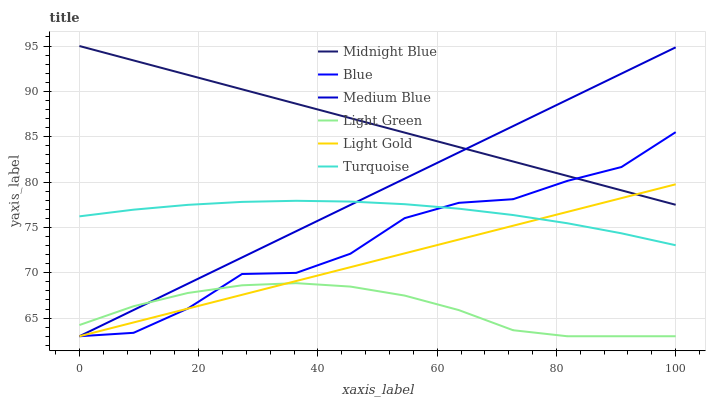
| xaxis_label | Midnight Blue | Blue | Medium Blue | Light Green | Light Gold | Turquoise |
 | --- | --- | --- | --- | --- | --- | --- |
 | 0 | 95 | 63 | 63 | 64.2 | 63 | 76.2 |
 | 9.09 | 93.4 | 63.4 | 65.9 | 66.3 | 64.5 | 77 |
 | 18.2 | 91.8 | 66.1 | 68.8 | 67.8 | 66 | 77.5 |
 | 27.3 | 90.2 | 69.9 | 71.7 | 68.6 | 67.6 | 77.8 |
 | 36.4 | 88.6 | 70 | 74.6 | 68.9 | 69.1 | 77.9 |
 | 45.5 | 87 | 72.1 | 77.5 | 68.5 | 70.6 | 77.8 |
 | 54.5 | 85.5 | 76 | 80.4 | 67.5 | 72.1 | 77.6 |
 | 63.6 | 83.9 | 77.7 | 83.3 | 65.9 | 73.7 | 77.1 |
 | 72.7 | 82.3 | 78.1 | 86.2 | 63.7 | 75.2 | 76.4 |
 | 81.8 | 80.7 | 80.1 | 89.1 | 63 | 76.7 | 75.5 |
 | 90.9 | 79.1 | 81.7 | 92 | 63 | 78.2 | 74.3 |
 | 100 | 77.5 | 85.5 | 94.9 | 63 | 79.8 | 73 |